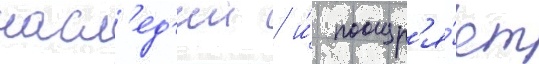
насл'ед'ии / и́ поощр'я́ет